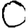
Digit: 0